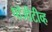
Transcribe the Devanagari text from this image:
पॉजीटीव्ह